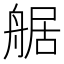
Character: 艍